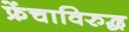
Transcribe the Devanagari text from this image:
फ्रेंचाविरुद्ध